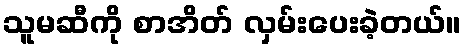
သူမဆီကို စာအိတ် လှမ်းပေးခဲ့တယ်။